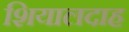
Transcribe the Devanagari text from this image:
शियालदाह